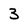
Character: 3